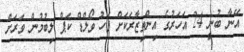
އޭނާ ބުނީ 24 އަހަރުގެ އިންތިޒާރަކަށް ފަހު ވޯލްޑް ކަޕް ލިބުމުން ވަރަށް